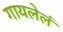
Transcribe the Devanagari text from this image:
गायलेलं